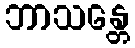
ဘာသန္တေ